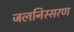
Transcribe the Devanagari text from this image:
जलनिस्सरण